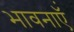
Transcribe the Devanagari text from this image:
भावनाएॅं